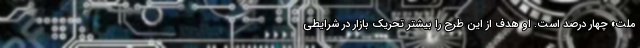
ملت» چهار درصد است. او هدف از این طرح را بیشتر تحریک بازار در شرایطی